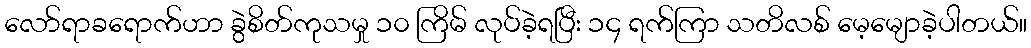
လော်ရာခရောက်ဟာ ခွဲစိတ်ကုသမှု ၁၀ ကြိမ် လုပ်ခဲ့ရပြီး ၁၄ ရက်ကြာ သတိလစ် မေ့မျောခဲ့ပါတယ်။